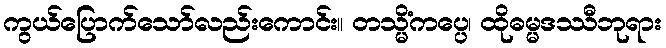
ကွယ်ပြောက်သော်လည်းကောင်း။ တသ္မိံကပ္ပေ၊ ထိုဓမ္မဒဿီဘုရား